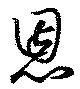
恩